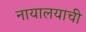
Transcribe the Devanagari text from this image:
नायालयाची